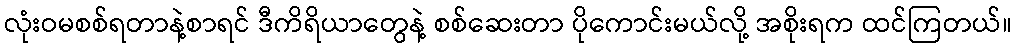
လုံးဝမစစ်ရတာနဲ့စာရင် ဒီကိရိယာတွေနဲ့ စစ်ဆေးတာ ပိုကောင်းမယ်လို့ အစိုးရက ထင်ကြတယ်။